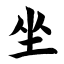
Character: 坐